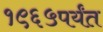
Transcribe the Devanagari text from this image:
१९६५पर्यंत